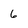
Character: 6